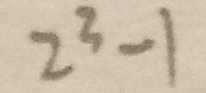
2 ^ { 3 } - 1